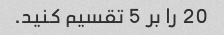
20 را بر 5 تقسیم کنید.